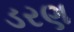
ડરણ